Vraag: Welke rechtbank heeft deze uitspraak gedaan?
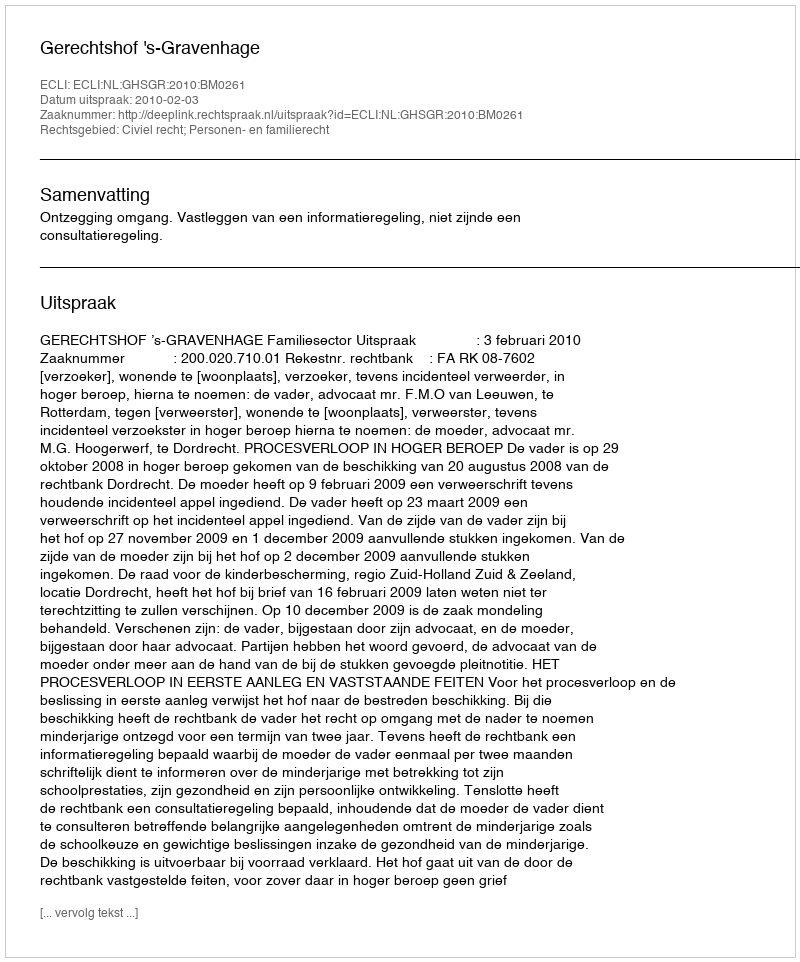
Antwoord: Gerechtshof 's-Gravenhage